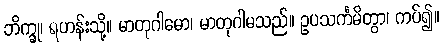
ဘိက္ခု၊ ရဟန်းသို့။ မာတုဂါမော၊ မာတုဂါမသည်။ ဥပသင်္ကမိတွာ၊ ကပ်၍။